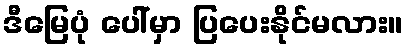
ဒီမြေပုံ ပေါ်မှာ ပြပေးနိုင်မလား။